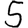
Digit: 5